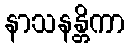
နာသနန္တိကာ